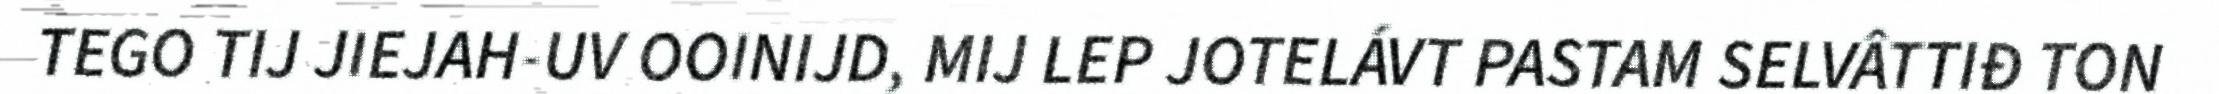
TEGO TIJ JIEJAH-UV OOINIJD, MIJ LEP JOTELÁVT PASTAM SELVÂTTIĐ TON